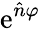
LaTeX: \mathrm{e}^{{\hat{{n}}}\varphi}